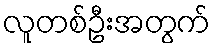
လူတစ်ဦးအတွက်